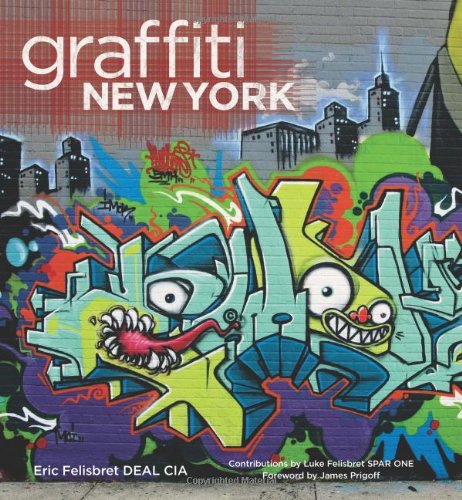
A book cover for Graffiti New York; Eric Felisbret; Arts & Photography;